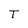
Character: T